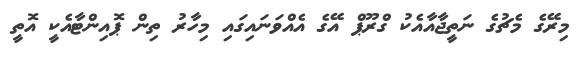
މިރޭގެ މެޗުގެ ނަތީޖާއާއެކު ގްރޫޕް އޭގެ އެއްވަނައިގައި މިހާރު ތިން ޕޮއިންޓާއެކީ އޮތީ